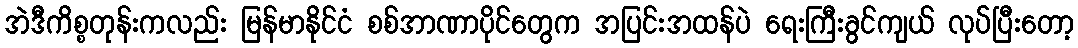
အဲဒီကိစ္စတုန်းကလည်း မြန်မာနိုင်ငံ စစ်အာဏာပိုင်တွေက အပြင်းအထန်ပဲ ရေးကြီးခွင်ကျယ် လုပ်ပြီးတော့